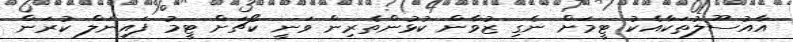
އާއުސޫލުތަކާއެކު ޓީމަށް ނެގި ޒުވާން ކުޅުންތެރިން ވަނީ ކޯޗަށް ޓީމު ފައިނަލް ކުރަން